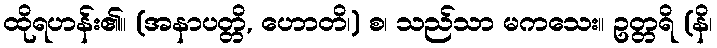
ထိုရဟန်း၏။ (အနာပတ္တိ, ဟောတိ၊) စ၊ သည်သာ မကသေး။ ဥတ္တရိ (နိ၊